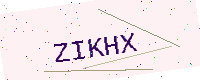
Text: ZIKHX